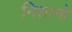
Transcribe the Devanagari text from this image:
निशानो